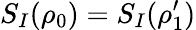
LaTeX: S_{I}(\rho_{0})=S_{I}(\rho_{1}^{\prime})